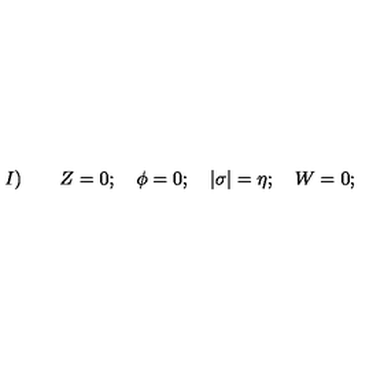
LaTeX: I ) \qquad Z = 0 ; \quad \phi = 0 ; \quad \vert \sigma \vert = \eta ; \quad W = 0 ;